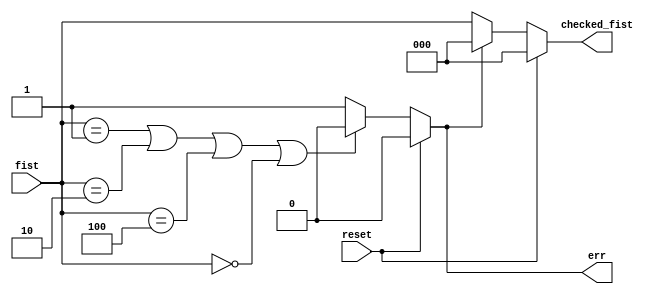
`timescale 1ns / 1ps
//////////////////////////////////////////////////////////////////////////////////
// Company: 
// Engineer: 
// 
// Design Name: 
// Module Name: fist_check
// Project Name: 
// Target Devices: 
// Tool Versions: 
// Description: 
// 
// Dependencies: 
// 
// Revision:
// Revision 0.01 - File Created
// Additional Comments:
// 
//////////////////////////////////////////////////////////////////////////////////


module fist_check(
    output [2:0]checked_fist,
    output err,
    input [2:0]fist,
    input reset
    );
    
assign err = (reset) ? 0 :
             ((fist == 3'b001) | (fist == 3'b010) | (fist == 3'b100) | (fist == 3'b000)) ? 0 : 1;
assign checked_fist= (reset) ? 3'b0 :
                     (err) ? 3'b0 : fist;

endmodule